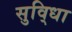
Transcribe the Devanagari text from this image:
सुवि्धा